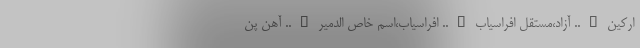
ارکین….. آزاد،مستقل افراسیاب….. افراسیاب،اسم خاص الدمیر….. آهن پن